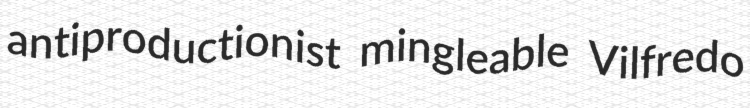
antiproductionist mingleable Vilfredo